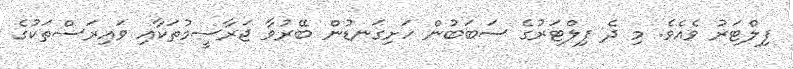
ފިލްޓަރު ވެއެވެ. މި ދެ ފިލްޓަރުގެ ސަބަބުން ހަށިގަނޑުން ބޭރުވާ ޖަރާސީމުތަކާއި ވައިރަސްތަކުގެ